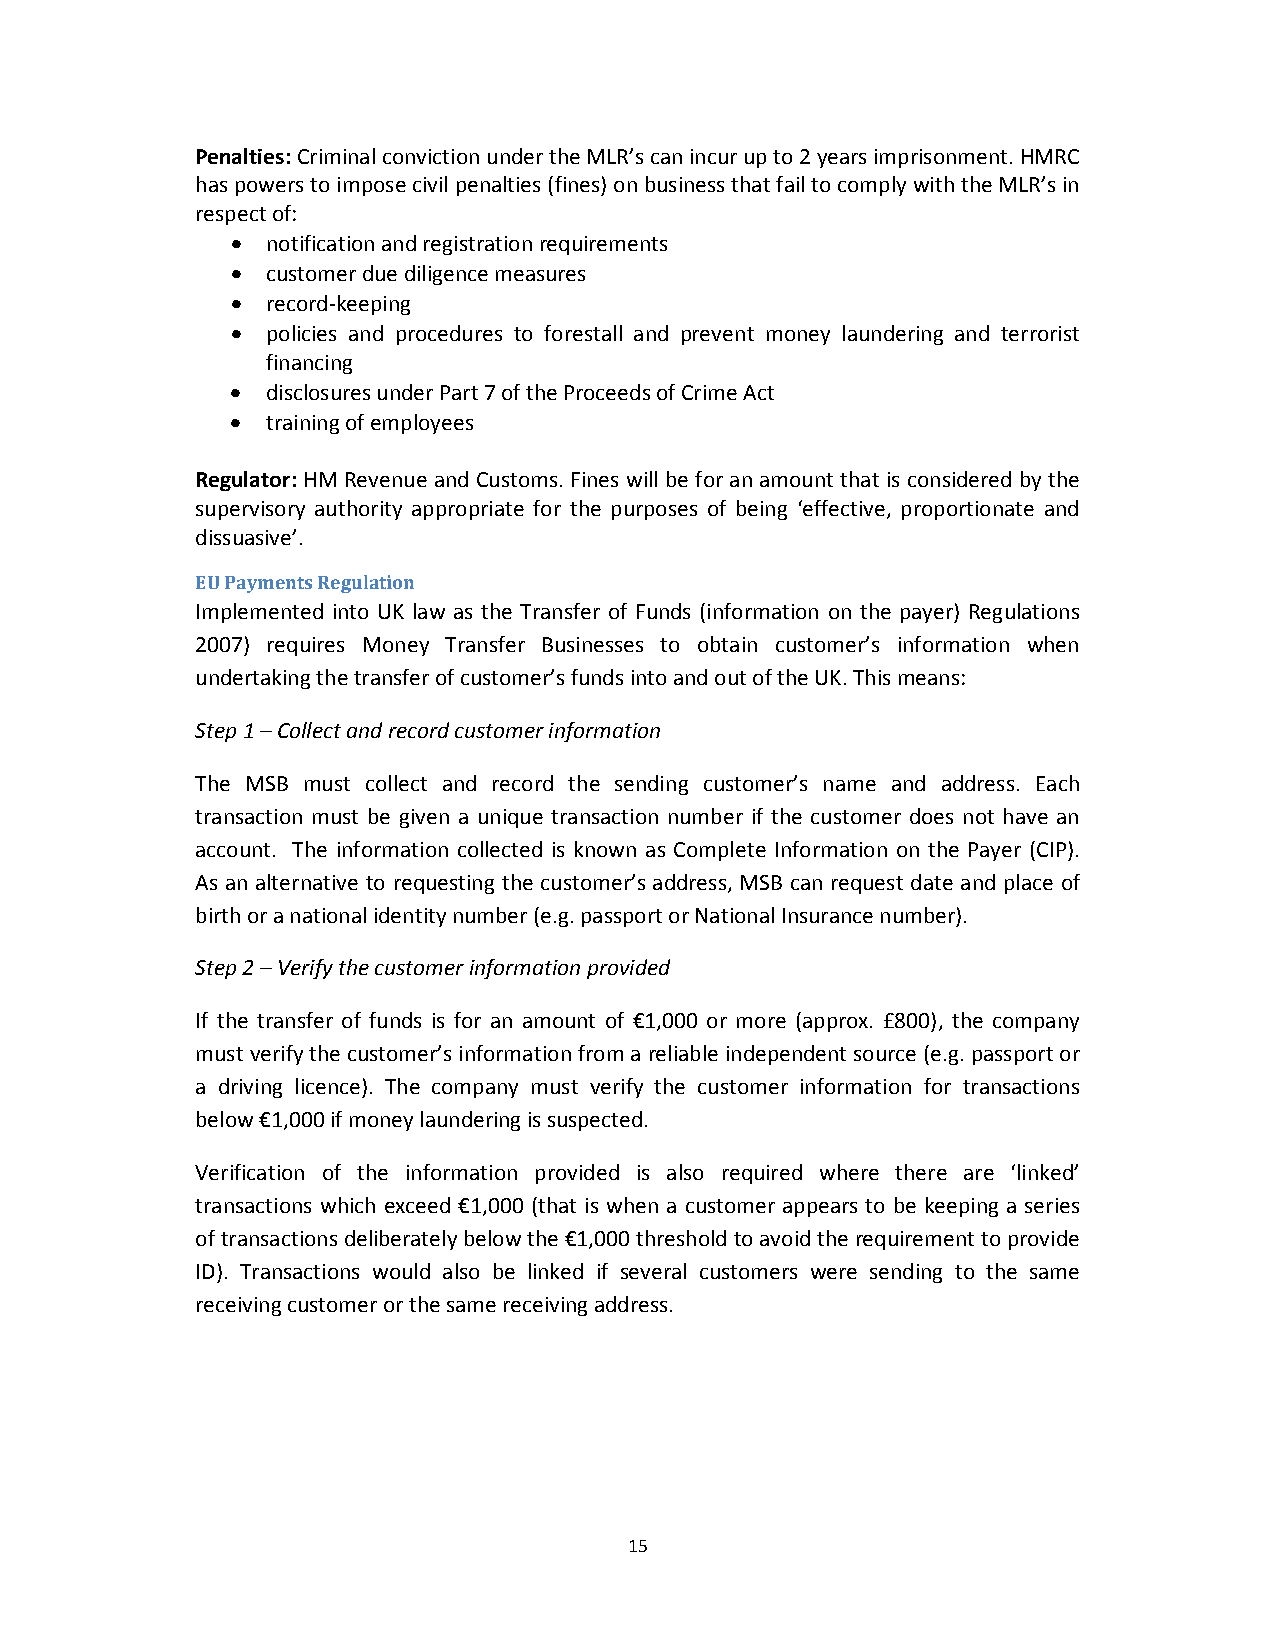
Penalties: Criminal conviction under the MLR’s can incur up to 2 years imprisonment. HMRC
 has powers to impose civil penalties (fines) on business that fail to comply with the MLR’s in
 respect of:
   notification and registration requirements
   customer due diligence measures
   record‐keeping
   policies and procedures to forestall and prevent money laundering and terrorist
 financing
   disclosures under Part 7 of the Proceeds of Crime Act
   training of employees
 Regulator: HM Revenue and Customs. Fines will be for an amount that is considered by the
 supervisory authority appropriate for the purposes of being ‘effective, proportionate and
 dissuasive’.
 EU Payments Regulation
 Implemented into UK law as the Transfer of Funds (information on the payer) Regulations
 2007) requires Money Transfer Businesses to obtain customer’s information when
 undertaking the transfer of customer’s funds into and out of the UK. This means:
 Step 1 – Collect and record customer information
 The MSB must collect and record the sending customer’s name and address. Each
 transaction must be given a unique transaction number if the customer does not have an
 account. The information collected is known as Complete Information on the Payer (CIP).
 As an alternative to requesting the customer’s address, MSB can request date and place of
 birth or a national identity number (e.g. passport or National Insurance number).
 Step 2 – Verify the customer information provided
 If the transfer of funds is for an amount of €1,000 or more (approx. £800), the company
 must verify the customer’s information from a reliable independent source (e.g. passport or
 a driving licence). The company must verify the customer information for transactions
 below €1,000 if money laundering is suspected.
 Verification of the information provided is also required where there are ‘linked’
 transactions which exceed €1,000 (that is when a customer appears to be keeping a series
 of transactions deliberately below the €1,000 threshold to avoid the requirement to provide
 ID). Transactions would also be linked if several customers were sending to the same
 receiving customer or the same receiving address.
 15